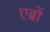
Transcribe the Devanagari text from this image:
एब्रों